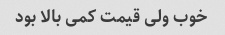
خوب ولی قیمت کمی بالا بود